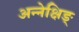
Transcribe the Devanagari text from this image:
अन्नेक्षिङ्